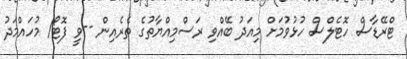
ޓްރޭޑާސް ހޮޓެލްސް ހުޅުވުމަށް މިއަދު ބޭއްވި ރަސްމިއްޔާތުގެ ތެރެއިން --ވީ ފޮޓޯ/ މުހައްމަދު